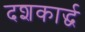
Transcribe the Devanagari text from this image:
दशकार्द्ध